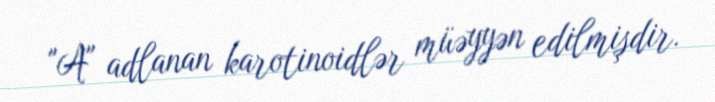
"A" adlanan karotinoidlər müəyyən edilmişdir.